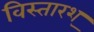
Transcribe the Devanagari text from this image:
विस्तारश्